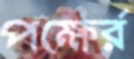
পক্ষের্র